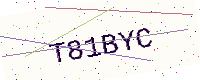
Text: T81BYC